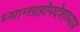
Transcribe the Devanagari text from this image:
ध्यानग्रहोपदेशाध्याय